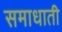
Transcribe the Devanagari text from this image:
समाधाती